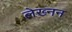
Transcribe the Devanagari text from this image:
लेख्नन